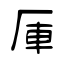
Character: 厙